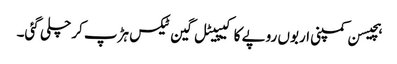
ہچیسن کمپنی اربوں روپے کا کیپیٹل گین ٹیکس ہڑپ کر چلی گئی۔